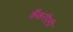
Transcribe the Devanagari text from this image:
कँकरीली